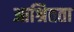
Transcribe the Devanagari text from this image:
आश्रितता